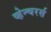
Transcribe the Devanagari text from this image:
व्हेन्चरर्स